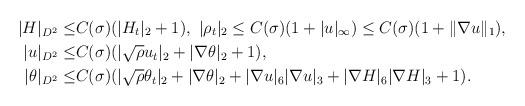
LaTeX: \begin{align*}|H|_{D^2}\leq& C(\sigma)(|H_t|_2+1),\ |\rho_t|_2\leq C(\sigma)(1+|u|_\infty)\leq C(\sigma)(1+\|\nabla u\|_1),\\|u|_{D^2}\leq& C(\sigma)(|\sqrt{\rho}u_t|_2+|\nabla \theta|_2+1),\\|\theta|_{D^2}\leq& C(\sigma)(|\sqrt{\rho}\theta_t|_2+|\nabla \theta|_2+|\nabla u|_6|\nabla u|_3+|\nabla H|_6|\nabla H|_3+1).\end{align*}